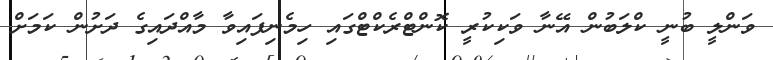
ވަންލީ ބުނީ ކްލަބުން އޭނާ ވަކިކުރީ ކޮންޓްރެކްޓްގައި ހިމެނިފައިވާ މާއްދައިގެ ދަށުން ކަމަށް